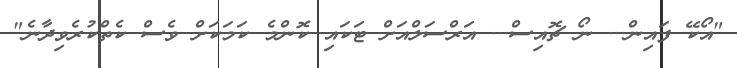
"އޯކޭ ފައިން... ނޯ ޗޮއިސް... އަރްސަލްއަށް ޓަކައި ކޮންމެ ކަމަކަށް ވެސް ކެތްކުރެވިދާނެ"